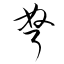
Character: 弩